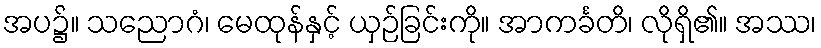
အပ၌။ သညောဂံ၊ မေထုန်နှင့် ယှဉ်ခြင်းကို။ အာကင်္ခတိ၊ လိုရှိ၏။ အဿ၊